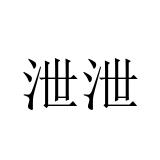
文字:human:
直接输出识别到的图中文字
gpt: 泄泄